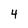
Character: 4